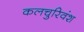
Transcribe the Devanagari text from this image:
कलचुरिवंश